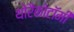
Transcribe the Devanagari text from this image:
थोरैकोटॉमी